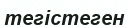
тегістеген